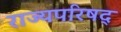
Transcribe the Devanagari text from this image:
राज्यपरिषद्